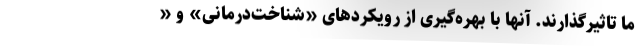
ما تاثیرگذارند. آنها با بهره‌گیری از رویکردهای «شناخت‌درمانی» و «